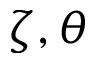
\zeta , \theta